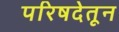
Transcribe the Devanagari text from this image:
परिषदेतून